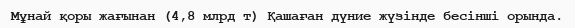
Мұнай қоры жағынан (4,8 млрд т) Қашаған дүние жүзінде бесінші орында.